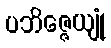
ပဘိဇ္ဇေယျုံ